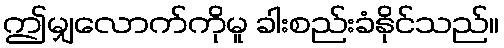
ဤမျှလောက်ကိုမူ ခါးစည်းခံနိုင်သည်။